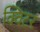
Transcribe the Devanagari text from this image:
क्विटर